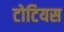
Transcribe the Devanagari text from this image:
टोटियस